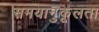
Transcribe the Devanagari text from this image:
समयानुकूलता